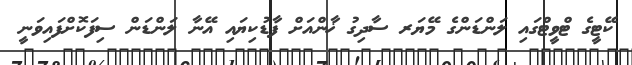
ކޭޓީގެ ޓްވީޓްގައި ލަންޑަންގެ މޭޔަރ ސާދިގު ޚާންއަށް ފާޑުކިޔައި އޭނާ ލަންޑަން ސިފަކޮށްފައިވަނީ